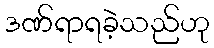
ဒဏ်ရာရခဲ့သည်ဟု